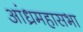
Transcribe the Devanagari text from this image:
आंध्रमहासभा